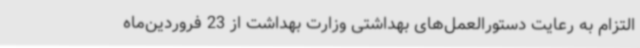
التزام به رعایت دستورالعمل‌های بهداشتی وزارت بهداشت از 23 فروردین‌ماه